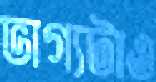
ভাগ্যটাও